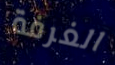
الغرفة